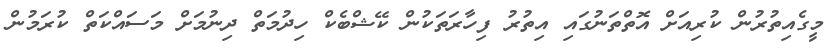
މީގެއިތުރުން ކުރިއަށް އޮތްތަނުގައި އިތުރު ފިހާރަތަކުން ކޭޝްބެކް ހިދުމަތް ދިނުމަށް މަސައްކަތް ކުރަމުން